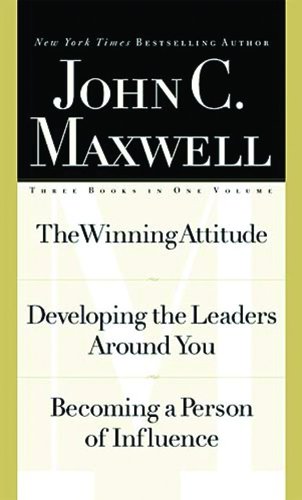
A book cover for Maxwell 3-in-1 Special Edition (The Winning Attitude / Developing the Leaders Around You / Becoming a Person of Influence); John C. Maxwell; Christian Books & Bibles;